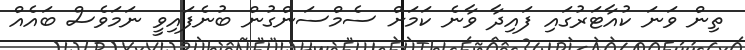
ތިން ވަނަ ކުއާޓަރުގައި ފައިދާ ވާނެ ކަމަށް ސެމްސަންގުން ބުނެފައިވީ ނަމަވެސް ބައެއް